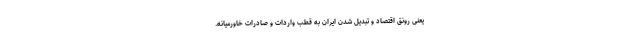
یعنی رونق اقتصاد و تبدیل شدن ایران به قطب واردات و صادرات خاورمیانه.